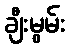
ချီးမွမ်း